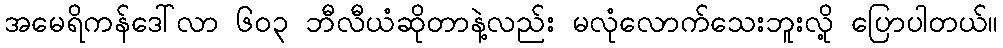
အမေရိကန်ဒေါ်လာ ၆၀၃ ဘီလီယံဆိုတာနဲ့လည်း မလုံလောက်သေးဘူးလို့ ပြောပါတယ်။